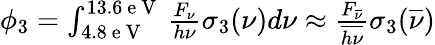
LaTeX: \begin{array}{r}{\phi_{3}=\int_{4.8\mathrm{~e~V~}}^{13.6\mathrm{~e~V~}}\frac{F_{\nu}}{h\nu}\sigma_{3}(\nu)d\nu\approx\frac{F_{\overline{{\nu}}}}{\overline{{h\nu}}}\sigma_{3}(\overline{{\nu}})}\end{array}